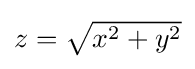
{\textstyle z={\sqrt {x^{2}+y^{2}}}}